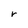
Character: r